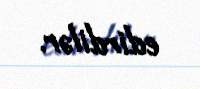
edirdilər.